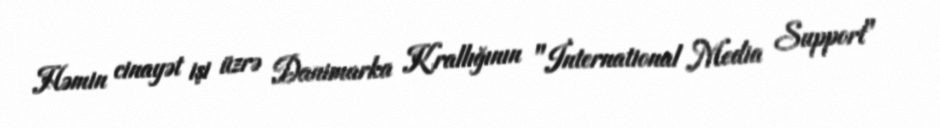
Həmin cinayət işi üzrə Danimarka Krallığının "İnternational Media Support"